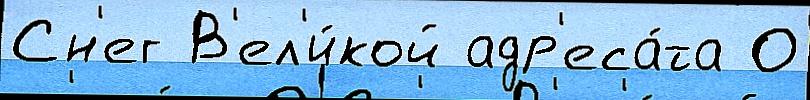
Сн'ег В'ел'и́кой адр'еса́та О